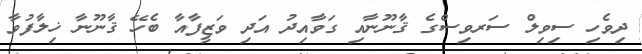
ދިވެހި ސިވިލް ސަރވިސްގެ ޤާނޫނާއި ގަވާއިދު އަދި ވަޒީފާއާ ބެހޭ ޤާނޫނާ ޚިލާފުވާ